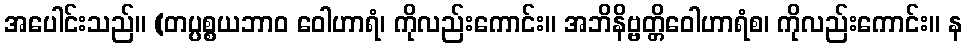
အပေါင်းသည်။ (တပ္ပစ္စယဘာဝ ဝေါဟာရံ၊ ကိုလည်းကောင်း။ အဘိနိဗ္ဗတ္တိဝေါဟာရံစ၊ ကိုလည်းကောင်း။ န